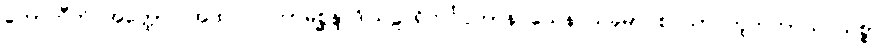
ဟောတီတိ အတ္ထော။ အထ ဝါ ကာမစ္ဆန္ဒာဒိဩဠာရိကင်္ဂပ္ပဟာနဝသေန သုခုမာ စ သာ ဘူတတာယ သစ္စာ